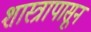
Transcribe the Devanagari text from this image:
शास्त्रापासून